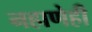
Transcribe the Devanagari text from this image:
नहाणेही